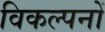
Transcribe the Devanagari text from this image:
विकल्पनों